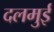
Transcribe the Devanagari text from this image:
दलमुई